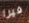
فيرا